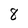
Character: 8